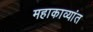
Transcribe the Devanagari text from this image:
महाकाव्यांत